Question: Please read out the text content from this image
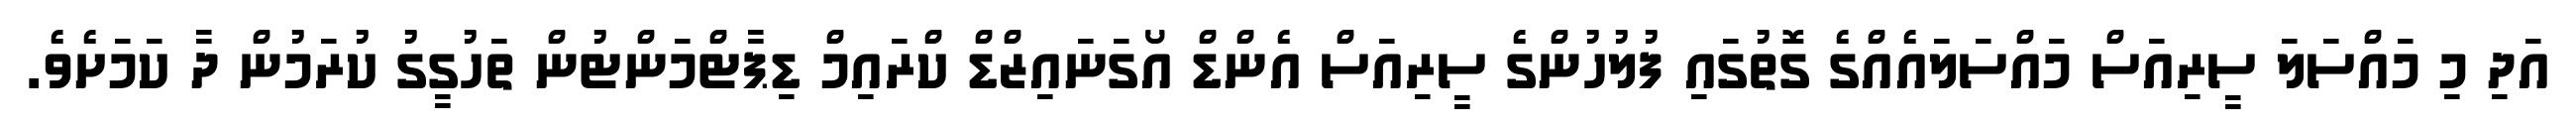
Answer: އަދި މި މައްސަލަ ސީރިއަސް މައްސަލައެއްގެ ގޮތުގައި ފުލުހުންގެ ސީރިއަސް އެންޑް އޯގަނައިޒްޑް ކްރައިމް ޑިޕާޓްމަންޓުން ތަހުގީގު ކުރަމުން ދާ ކަމަށެވެ.